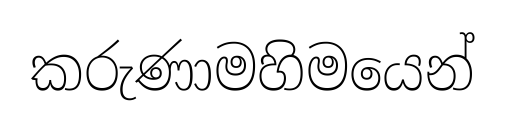
කරුණාමහිමයෙන්